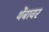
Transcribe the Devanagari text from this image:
थेंबावर